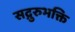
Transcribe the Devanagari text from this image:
सद्गुरुभक्ति